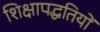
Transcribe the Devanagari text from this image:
शिक्षापद्धतियों